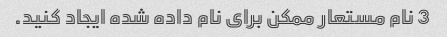
3 نام مستعار ممکن برای نام داده شده ایجاد کنید.